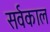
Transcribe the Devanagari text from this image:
सर्वकाल